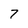
Character: 7